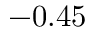
- 0 . 4 5